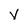
Character: v